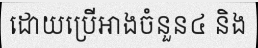
ដោយប្រើអាងចំនួន៤ និង